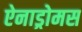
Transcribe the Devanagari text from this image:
ऐनाड्रोमस